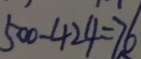
5 0 0 - 4 2 4 = 7 6